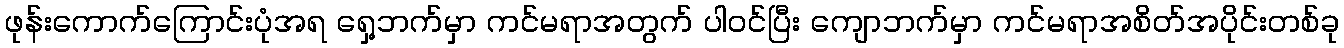
ဖုန်းကောက်ကြောင်းပုံအရ ရှေ့ဘက်မှာ ကင်မရာအတွက် ပါဝင်ပြီး ကျောဘက်မှာ ကင်မရာအစိတ်အပိုင်းတစ်ခု